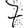
Digit: 7